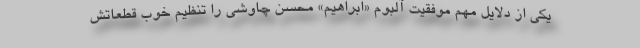
یکی از دلایل مهم موفقیت آلبوم «ابراهیم» محسن چاوشی را تنظیم خوب قطعاتش